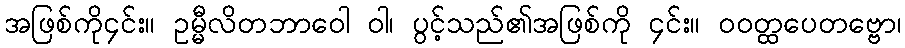
အဖြစ်ကို၄င်း။ ဥမ္မီလိတဘာဝေါ ဝါ၊ ပွင့်သည်၏အဖြစ်ကို ၄င်း။ ဝဝတ္ထပေတဗ္ဗော၊